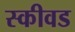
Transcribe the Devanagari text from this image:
स्कीवड